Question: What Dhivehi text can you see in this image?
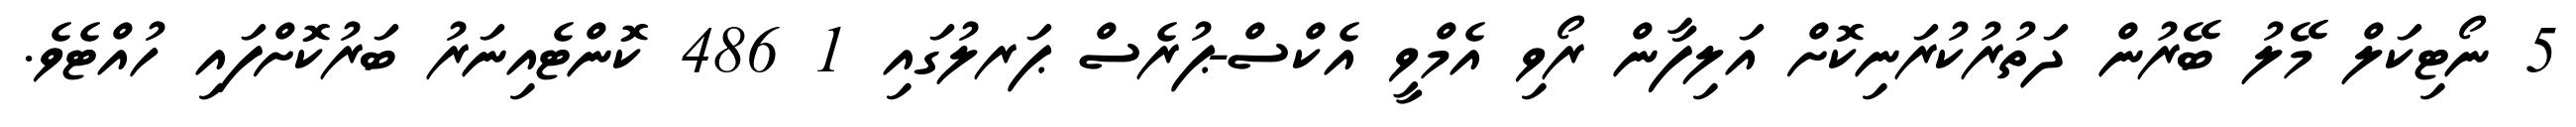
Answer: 5 ނޯޓިކަލް މޭލު ބޭރުން ދަތުރުކުރަނިކޮށް އަލިފާން ރޯވި އެމްވީ އެކްސް-ޕުރެސް ޕަރލުގައި 1 486 ކޮންޓެއިނަރު ބަރުކޮށްފައި ހުއްޓެވެ.